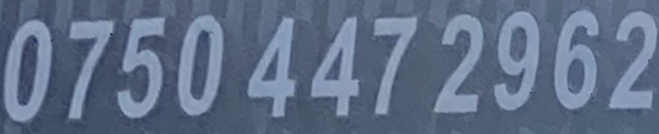
0750 447 2962